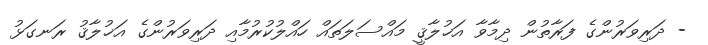
- ދަރިވަރުންގެ ފަރާތުން ދިމާވާ އަޚުލާޤީ މައްސަލަތައް ހައްލުކުރުމާއި ދަރިވަރުންގެ އަޚުލާޤު ރަނގަޅު